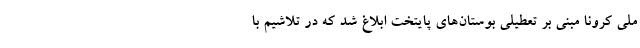
ملی کرونا مبنی بر تعطیلی بوستان‌های پایتخت ابلاغ شد که در تلاشیم با